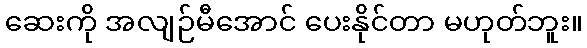
ဆေးကို အလျဉ်မီအောင် ပေးနိုင်တာ မဟုတ်ဘူး။